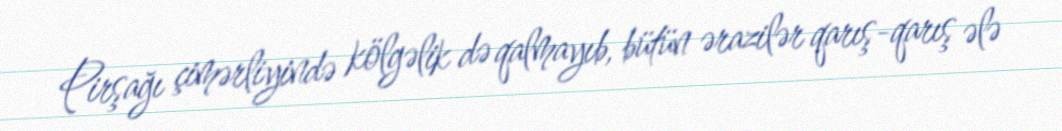
Pirşağı çimərliyində kölgəlik də qalmayıb, bütün ərazilər qarış-qarış ələ